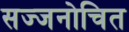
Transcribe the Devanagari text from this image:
सज्जनोचित